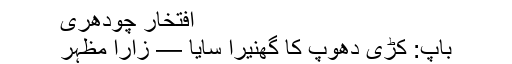
افتخار چودھری
باپ: کڑی دھوپ کا گھنیرا سایا — زارا مظہر